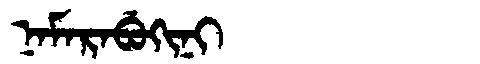
Manchu: ᠨᠠᠮᠠᡵᠠᠪᡠᡴᡳᠨᡳ
Romanization: NAMARABUKINI